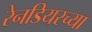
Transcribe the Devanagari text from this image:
रेनडियरच्या